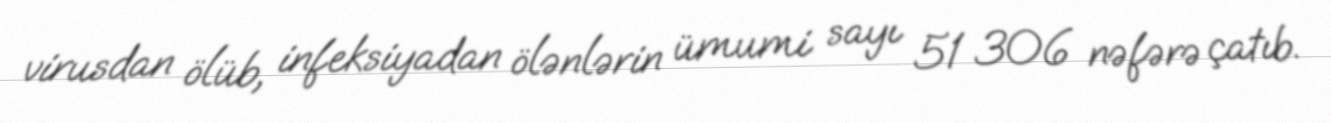
virusdan ölüb, infeksiyadan ölənlərin ümumi sayı 51 306 nəfərə çatıb.